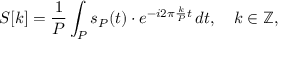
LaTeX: S [ k ] = { \frac { 1 } { P } } \int _ { P } s _ { P } ( t ) \cdot e ^ { - i 2 \pi { \frac { k } { P } } t } \, d t , \quad k \in \mathbb { Z } ,